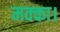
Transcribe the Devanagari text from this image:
मक्का।